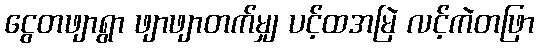
ငွေတဖျာရွာ ဖျာဖျာတက်မျှ ပင့်ထအမြဲ လင့်ကဲတဖြာ